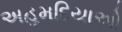
અહમદિયાઓ